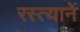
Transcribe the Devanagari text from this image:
रस्त्यानें